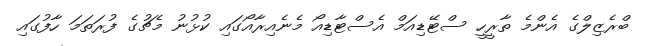
ބްރެޒިލްގެ އެންމެ ތާރީހީ ސްޓޭޑިއަމް އެސްޓާޑިއޯ މެނެއިރާއޯގައި ކުޅުނު މެޗުގެ ފުރަތަމަ ހާފުގައި